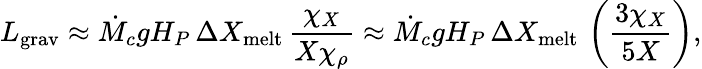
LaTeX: L_{\mathrm{grav}}\approx\dot{M}_{c}gH_{P}\, \Delta X_{\mathrm{melt}}\, {\frac{\chi_{X}}{X\chi_{\rho}}}\approx\dot{M}_{c}gH_{P}\, \Delta X_{\mathrm{melt}}\, \left({\frac{3\chi_{X}}{5X}}\right),